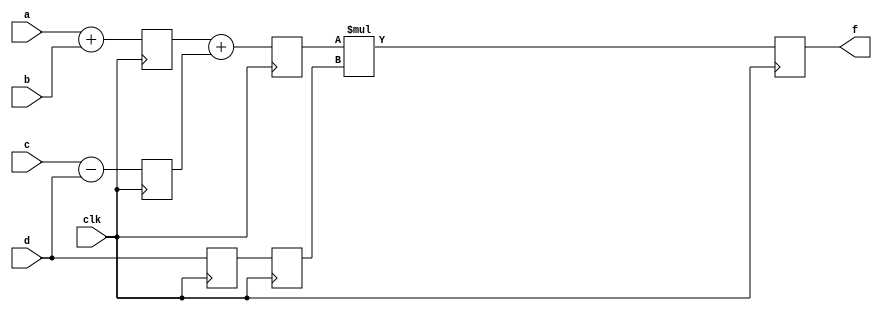
module pipe_ex(f,a,b,c,d,clk);
input [9:0]a,b,c,d;
input clk;
output [9:0]f;
reg [9:0] l12_x1,l12_x2,l12_d,l23_x3,l23_d,l34_f=0;
assign f=l34_f;
always @(posedge clk)
begin
l12_x1 <= #4 a+b;
l12_x2 <= #4 c-d;
l12_d <=d;

l23_x3 <= #6 l12_x1+l12_x2;
l23_d <=l12_d;

l34_f<= #8l23_x3*l23_d;

end
endmodule